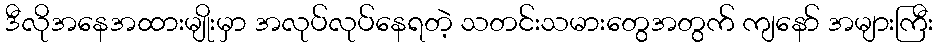
ဒီလိုအနေအထားမျိုးမှာ အလုပ်လုပ်နေရတဲ့ သတင်းသမားတွေအတွက် ကျနော် အများကြီး